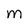
Character: M